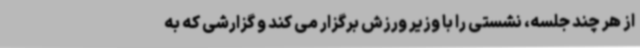
از هر چند جلسه، نشستی را با وزیر ورزش برگزار می کند و گزارشی که به